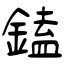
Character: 鎑